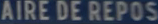
AIRE DE REPOS